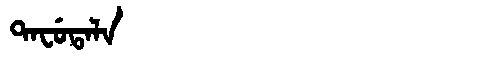
Manchu: ᡨᠠᠸᡠᡨᠠᠯᠠ
Romanization: TAFUTALA